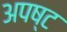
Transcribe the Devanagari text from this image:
अपष्ट